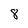
Character: 8